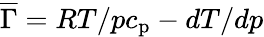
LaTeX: \overline{{\Gamma}}=RT/pc_{\mathrm{p}}-dT/dp